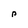
Character: p